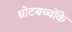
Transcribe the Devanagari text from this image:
थ्रोटबच्चोंके